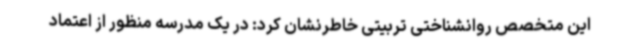
این متخصص روانشناختی تربیتی خاطرنشان کرد:‌ در یک مدرسه منظور از اعتماد